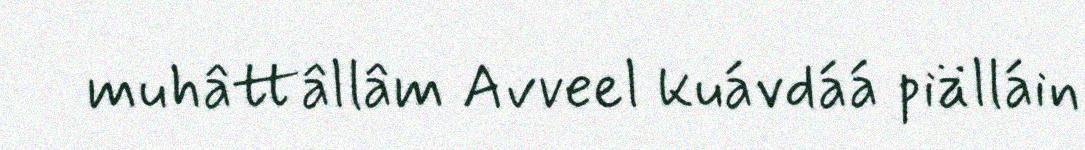
muhâttâllâm Avveel kuávdáá piälláin